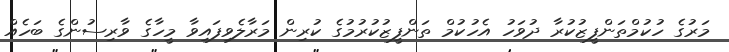
މަރުގެ ހުކުމްތަންފީޒުކުރާ ދުވަހު އެހުކުމް ތަންފީޒުކުރުމުގެ ކުރިން މަރާލެވިފައިވާ މީހާގެ ވާރިސުންގެ ބަހެއް